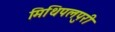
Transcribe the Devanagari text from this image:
मिथिपलपुरी